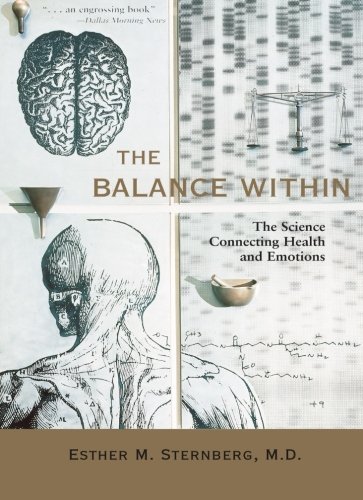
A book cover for The Balance Within: The Science Connecting Health and Emotions; Esther M. Sternberg; Medical Books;